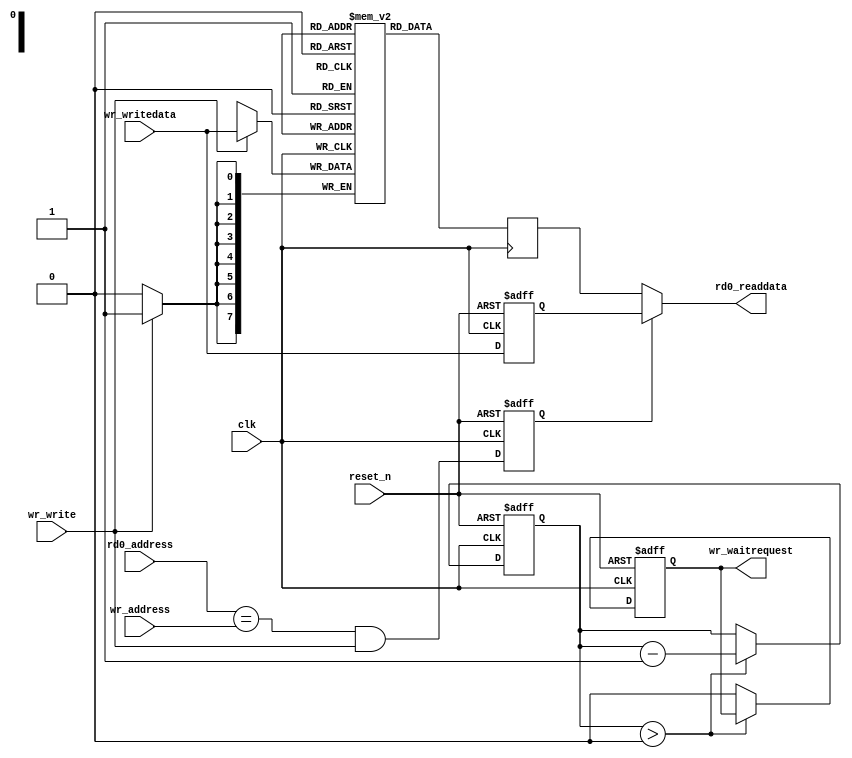
//  -----------------------------------------------------------------------------------
// | Lookahead Multiport Memory
//  -----------------------------------------------------------------------------------
// | Module Name     : lcd_64_to_32_bits_dfa_data_ram
// | Author          : kjo
// | Created On      : 2006 Jun 22
// | Description     :
// |   Standard multi-port memory, where a read on cycle n responds with data on 
// |   cycle n+2.  The lookahead protection means that if you write data on cycle n or 
// |   cycle n+1, the data returned on cycle n+2 is the written data.
//  -----------------------------------------------------------------------------------

`timescale 1ns / 100ps
module lcd_64_to_32_bits_dfa_data_ram (
    
      // Interface: clock
      input              clk,
      input              reset_n,
      // Interface: write
      input      [ 0: 0] wr_address,
      input      [ 7: 0] wr_writedata,
      input              wr_write,
      output reg         wr_waitrequest,
      // Interface: read0
      input      [ 0: 0] rd0_address,
      output reg [ 7: 0] rd0_readdata
);

   // ---------------------------------------------------------------------
   //| Internal Parameters
   // ---------------------------------------------------------------------
   localparam  DEPTH           = 1;
   localparam  DATA_WIDTH      = 8;
   localparam  ADDRESS_WIDTH   = 1;
   localparam  CLEAR_ON_RESET  = 0;

   // ---------------------------------------------------------------------
   //| Signals
   // ---------------------------------------------------------------------
   reg [DATA_WIDTH-1:0]        wr_writedata1;
   reg [ADDRESS_WIDTH-1:0]     reset_count;
   reg [DATA_WIDTH-1:0]        mem_wr_writedata;
   reg [ADDRESS_WIDTH-1:0]     mem_wr_address;
   reg 			       mem_wr_write;
   reg [DATA_WIDTH-1:0]        mem [DEPTH-1:0];
   
   reg 			      rd0_bypass;
   reg [DATA_WIDTH-1:0]       rd0_mem_readdata;
   
   // ---------------------------------------------------------------------
   // Synchronous Stuff
   // ---------------------------------------------------------------------
   always @(posedge clk or negedge reset_n) begin
      if (!reset_n) begin
	 wr_writedata1  <= 0;
	 wr_waitrequest <= 1;
	 if (CLEAR_ON_RESET) begin
	    reset_count    <= DEPTH-1'b1;
	 end else begin
	    reset_count    <= 0;
	 end
	 rd0_bypass     <= 0;
      end else begin
  rd0_bypass   <= (rd0_address == wr_address) && wr_write;
	 wr_writedata1  <= wr_writedata;
	 
	 // Memory reset state machine
	 if (reset_count > 0) begin
	    reset_count <= reset_count - 1'b1;
	 end else begin
	    wr_waitrequest <= 0;
	 end
      end
   end
   
   // ---------------------------------------------------------------------
   // Combinatorial Memory Control
   // --------------------------------------------------------------------- 
   always @* begin
      rd0_readdata     = rd0_mem_readdata;
      mem_wr_write     = wr_write;
      mem_wr_address   = wr_address;
      mem_wr_writedata = wr_writedata;
      
      // Lookahead
      if (rd0_bypass) begin
	 rd0_readdata   = wr_writedata1;
      end
      // Memory Reset
      if (CLEAR_ON_RESET) begin
	 if ( wr_waitrequest ) begin
	    mem_wr_write  = 1;
	    mem_wr_address = reset_count;
	    mem_wr_writedata    = 0;
	 end
      end
   end
   
   // --------------------------------------------------------------------- 
   // Infer Memory
   // --------------------------------------------------------------------- 
   always @(posedge clk) begin
      if (mem_wr_write)
         mem[mem_wr_address] <= mem_wr_writedata;
      rd0_mem_readdata    <= mem[rd0_address];
   end
   
endmodule

// synthesis translate_off

//  --------------------------------------------------------------------------------
// | test bench
//  --------------------------------------------------------------------------------
`ifdef RUN_INTERNAL_TEST
module test_lcd_64_to_32_bits_dfa_data_ram;

   // ---------------------------------------------------------------------
   //| Internal Parameters
   // ---------------------------------------------------------------------
   localparam  DEPTH                   = 1;
   localparam  DATA_WIDTH              = 8;
   localparam  ADDRESS_WIDTH           = 1;
   localparam  CLEAR_ON_RESET          = 0;
   localparam  CLOCK_HALF_PERIOD       = 10;
   localparam  CLOCK_PERIOD            = 2*CLOCK_HALF_PERIOD;
   localparam  RESET_TIME              = 25;
   
   // ---------------------------------------------------------------------
   //| Signals
   // ---------------------------------------------------------------------
   reg 	                     clk            = 0;
   reg 			     reset_n        = 0;
   reg 			     test_success = 1;
   reg 			     success      = 1;
   reg [ADDRESS_WIDTH-1:0]   wr_address;
   reg [DATA_WIDTH-1:0]      wr_writedata;
   reg 			     wr_write;
   wire 		     wr_waitrequest;
   reg [ADDRESS_WIDTH-1:0]   rd0_address ;
   wire [DATA_WIDTH-1:0]     rd0_readdata;
   reg [DATA_WIDTH-1:0]      mem_mirror [DEPTH-1:0];
			 
   // ---------------------------------------------------------------------
   //| DUT
   // ---------------------------------------------------------------------
   lcd_64_to_32_bits_dfa_data_ram dut ( 
		 .clk              (clk)               ,
		 .reset_n          (reset_n)           ,
		 .rd0_address   (rd0_address)    ,
		 .rd0_readdata  (rd0_readdata)   ,
		 .wr_address       (wr_address)        ,
		 .wr_writedata     (wr_writedata)      ,
		 .wr_write         (wr_write)          ,
		 .wr_waitrequest   (wr_waitrequest)          
		 );

   // ---------------------------------------------------------------------
   //| Clock & Reset
   // ---------------------------------------------------------------------
   initial begin
      reset_n = 0;
      #RESET_TIME;
      reset_n = 1;
   end
   
   always begin
      #CLOCK_HALF_PERIOD;
      clk <= ~clk;
   end

   // ---------------------------------------------------------------------
   //| Main Test
   // ---------------------------------------------------------------------
   initial begin
      test_reset();
      test_random();
      test_single_channel();
      
      $finish;
   end
   
   // ---------------------------------------------------------------------
   //| Test reset
   // ---------------------------------------------------------------------
   task test_reset;
      integer i;
      begin
	 test_success = 1;

	 if (CLEAR_ON_RESET) begin
	    @(posedge clk);
	    test_assert ("Memory's wr_waitrequest should be test_asserted while held in reset.", wr_waitrequest);

	    wait (reset_n == 1);
	    test_assert ("Memory should still be in reset immediately after clearing the in_reset signal.", wr_waitrequest);

	    wait (wr_waitrequest == 0);
	    
	    for (i=0; i<DEPTH; i=i+1) begin
	       rd0_address <= i;
	       @(posedge clk);
	       test_assert ("Memory location should be 0.", rd0_readdata==0);
	    end
	 end else begin
	    @(posedge clk);
	    test_assert ("Memory's in_reset should be asserted while held in reset.", wr_waitrequest);

	    wait (reset_n == 1);
	    @(posedge clk);
	    #1 test_assert ("Memory should have in_reset=0 immediately after reset!!.", wr_waitrequest==0);
	 end // else: !if(CLEAR_ON_RESET)
	 endtest("test_reset");
      end	 
   endtask

   // ---------------------------------------------------------------------
   //| Test random in & out data
   // ---------------------------------------------------------------------
   task test_random;
      integer i;
      begin


	 // Initialize mem_mirror
	 for (i=0; i<DEPTH; i=i+1) begin
	    if (CLEAR_ON_RESET) begin
	       mem_mirror[i] = 0;
	    end else begin
	       mem_mirror[i] = 256'bX;
	    end
	 end

	 wait (reset_n == 1);
	 wait (wr_waitrequest == 0);
	 
	 fork
	    begin
	       repeat (20*DEPTH) begin // do 20x Depth writes.
		  #1;
		  wr_write = $random % 2;
		  wr_address = ($random & 31'hFFFFFFFF) % DEPTH;
		  wr_writedata = $random;
		  #1;
		  if (wr_write)
		    mem_mirror[wr_address] = wr_writedata;
		  @(posedge clk);
	       end
	    end
	    
	    begin
	       repeat (80*DEPTH) begin // do 80x Depth reads.
		  rd0_address = ($random & 31'hFFFFFFFF) % DEPTH;
		  @(posedge clk);
		  #1;
		  test_assert("Data Mismatch (port 0)", mem_mirror[rd0_address] == rd0_readdata);
	       end
	    end
	    
	 join
	 endtest("test_random");
      end
   endtask // test_random

   // ---------------------------------------------------------------------
   //| Test a single port
   // ---------------------------------------------------------------------
   task test_single_channel;
      integer i;
      begin

	 reset_n <= 0;
	 @(posedge clk);
	 reset_n <= 1;
	 
	 // Initialize mem_mirror
	 for (i=0; i<DEPTH; i=i+1) begin
	    if (CLEAR_ON_RESET) begin
	       mem_mirror[i] = 0;
	    end else begin
	       mem_mirror[i] = 256'bX;
	    end
	 end

	 wait (reset_n == 1);
	 wait (wr_waitrequest == 0);
	 
	 wr_write  = 0;
	 wr_address = ($random & 31'hFFFFFFFF) % DEPTH;
	 rd0_address  = wr_address;
	 
	 repeat (200) begin // do 200 times
	    wr_write  = ($random & 1'b1);
	    wr_writedata    = $dist_uniform(23,0,256);
	    #1;
	    mem_mirror[wr_address] = wr_writedata;
	    @(posedge clk);
	    #1;
	    test_assert("Data Mismatch", mem_mirror[rd0_address] == rd0_readdata);
	 end
	 endtest("test_single_channel");
      end
   endtask // test_random
   
   
   // ---------------------------------------------------------------------
   //| Test_assert
   // ---------------------------------------------------------------------
   task test_assert;
      input [256:0] message;
      input         condition;
      begin
	 if (! condition) begin
	    $display("%t: %s ",$time, message);
	    success = 0;
	    test_success = 0;
	 end
      end
   endtask

   // ---------------------------------------------------------------------
   //| End Test
   // ---------------------------------------------------------------------
   task endtest;
      input [256:0] message;
      begin
	 if (test_success) begin
	    $display("(sim)%t: %-40s: Pass",$time, message);
	 end else begin
	    $display("(sim)%t: %-40s: Fail",$time, message);
	 end
	 success = success & test_success;
      end
   endtask

endmodule
`endif
// synthesis translate_on